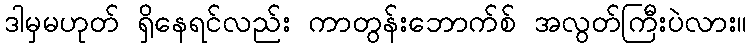
ဒါမှမဟုတ် ရှိနေရင်လည်း ကာတွန်းဘောက်စ် အလွတ်ကြီးပဲလား။